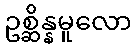
ဥစ္ဆိန္နမူလော